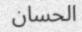
الحسان